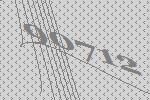
90712